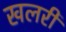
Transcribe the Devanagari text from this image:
खलरी